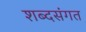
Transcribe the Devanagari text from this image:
शब्दसंगत